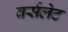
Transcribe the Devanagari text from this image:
वर्सलेट